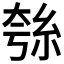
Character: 𮈋